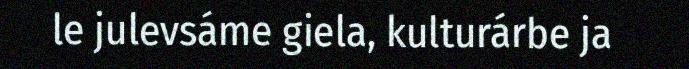
le julevsáme giela, kulturárbe ja